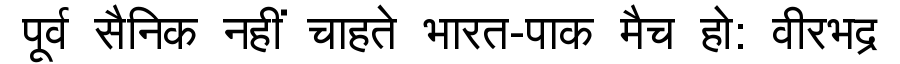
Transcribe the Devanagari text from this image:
पूर्व सैनिक नहीं चाहते भारत-पाक मैच हो: वीरभद्र